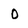
Character: 0